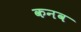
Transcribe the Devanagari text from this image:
कनव